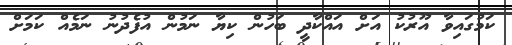
ކަމުގައިވާ އޫރުކު އަށް އައްކާދީ ބަހުން ކިޔާ ނަމުން އުފެދުނު ނަމެއް ކަމަށް